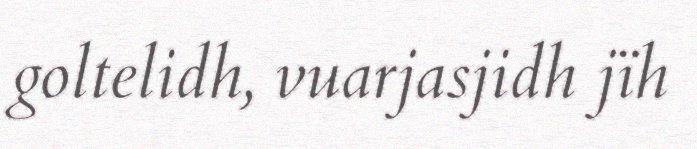
goltelidh, vuarjasjidh jïh